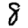
Digit: 8